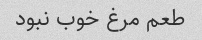
طعم مرغ خوب نبود